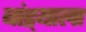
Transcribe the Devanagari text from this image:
बांद्र्याला